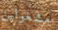
مشغولين